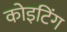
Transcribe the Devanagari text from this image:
कोइटिंग